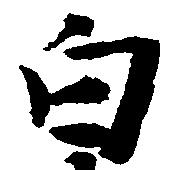
白